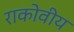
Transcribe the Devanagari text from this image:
राकोवीय